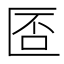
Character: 𠥀